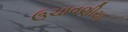
ઉચાવણીયા